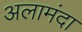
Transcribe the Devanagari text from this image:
अलामंदा